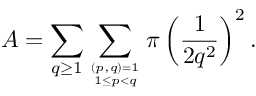
A = \sum _ { q \geq 1 } \sum _ { ( p , q ) = 1 \atop 1 \leq p < q } \pi \left( { \frac { 1 } { 2 q ^ { 2 } } } \right) ^ { 2 } .